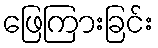
ဖြေကြားခြင်း